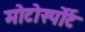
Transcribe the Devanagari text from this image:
मोटोर्स्पोर्ट